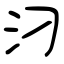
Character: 汈